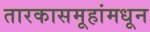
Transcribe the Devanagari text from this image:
तारकासमूहांमधून